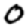
Digit: 0